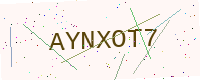
Text: AYNXOT7